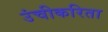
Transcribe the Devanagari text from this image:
उंचीकरिता